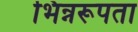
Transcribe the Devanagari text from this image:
भिन्नरूपता